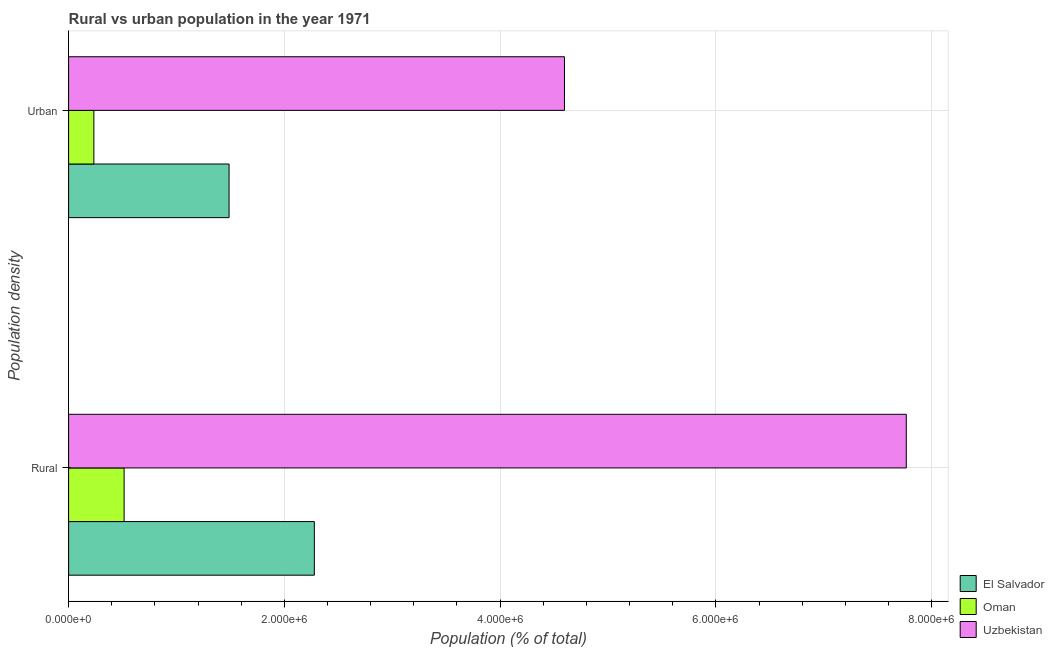
| Population density | El Salvador | Oman | Uzbekistan |
 | --- | --- | --- | --- |
 | Rural | 2.28e+06 | 5.15e+05 | 7.76e+06 |
 | Urban | 1.49e+06 | 2.34e+05 | 4.6e+06 |